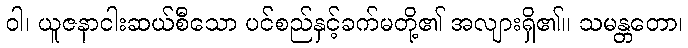
ဝါ၊ ယူဇနာငါးဆယ်စီသော ပင်စည်နှင့်ခက်မတို့၏ အလျားရှိ၏။ သမန္တတော၊